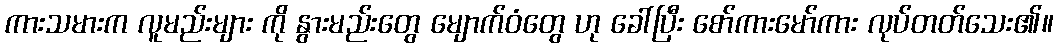
ကားသမားက လူမည်းများ ကို နွားမည်းတွေ မျောက်ဝံတွေ ဟု ခေါ်ပြီး စော်ကားမော်ကား လုပ်တတ်သေး၏။